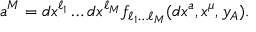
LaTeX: a ^ { M } = d x ^ { \ell _ { 1 } } \dots d x ^ { \ell _ { M } } f _ { \ell _ { 1 } \dots \ell _ { M } } ( d x ^ { a } , x ^ { \mu } , y _ { A } ) .